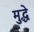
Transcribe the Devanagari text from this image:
मुद्धे